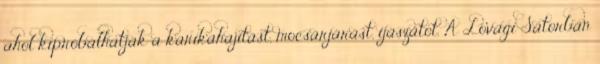
ahol kipróbálhatják a karikahajítást, mocsárjárást, íjászatot. A Lovagi Sátorban